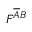
F ^ { \overline { { A } } B }